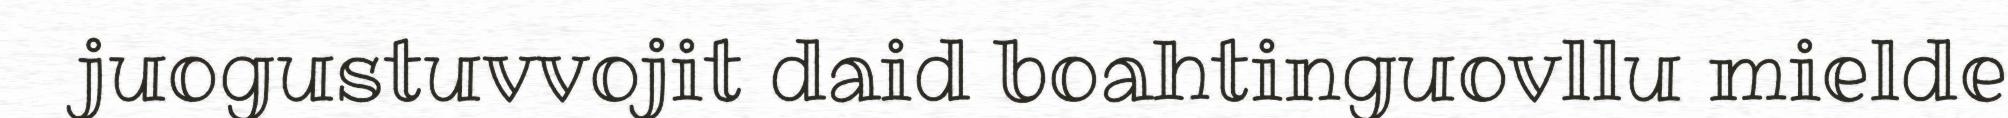
juogustuvvojit daid boahtinguovllu mielde